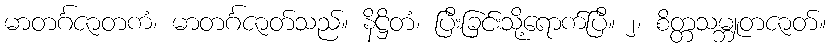
မာတင်္ဂဇာတကံ၊ မာတင်္ဂဇာတ်သည်။ နိဋ္ဌိတံ၊ ပြီးခြင်းသို့ရောက်ပြီ။ ၂၊ စိတ္တသမ္ဘူတဇာတ်။